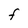
Character: F